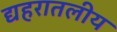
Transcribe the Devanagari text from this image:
द्यहरातलीय